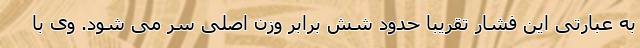
به عبارتی این فشار تقریبا حدود شش برابر وزن اصلی سر می شود. وی با